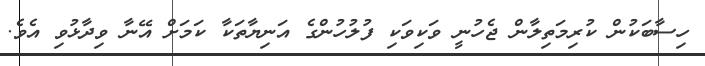
ހިސާބަކުން ކުރިމަތިލާން ޖެހުނީ ވަކިވަކި ފުލުހުންގެ އަނިޔާތަކާ ކަމަށް އޭނާ ވިދާޅުވި އެވެ.